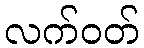
လက်ဝတ်